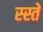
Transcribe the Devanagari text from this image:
स्स्ते